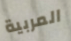
المربية